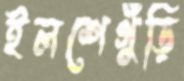
ইলশেগুঁড়ি